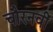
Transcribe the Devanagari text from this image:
चौरनवीं